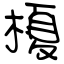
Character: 榎